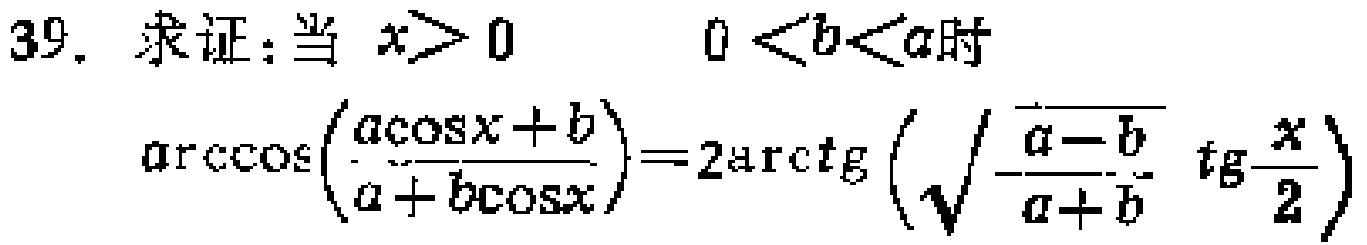
39. 求证：当 \(x > 0\) ，\(0 < b < a\) 时
\(\arccos\left(\frac{a\cos x + b}{a + b\cos x}\right)=2\arctan\left(\sqrt{\frac{a - b}{a + b}}\tan\frac{x}{2}\right)\)